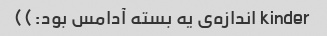
kinder اندازه‌ی یه بسته آدامس بود:))